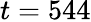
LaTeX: t=544